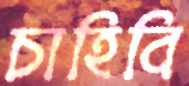
চাহিবি